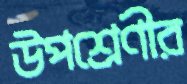
উপশ্রেণীর